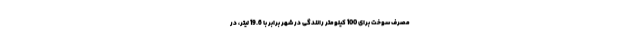
مصرف سوخت برای 100 کیلومتر رانندگی در شهر برابر با 19.6 لیتر، در